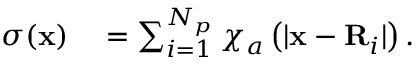
\begin{array} { r l } { \sigma ( \mathbf { x } ) } & { { } = \sum _ { i = 1 } ^ { N _ { p } } \chi _ { a } \left( \lvert \mathbf { x } - \mathbf { R } _ { i } \rvert \right) . } \end{array}